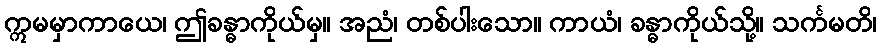
ဣမမှာကာယေ၊ ဤခန္ဓာကိုယ်မှ။ အညံ၊ တစ်ပါးသော။ ကာယံ၊ ခန္ဓာကိုယ်သို့။ သင်္ကမတိ၊